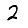
Digit: 2